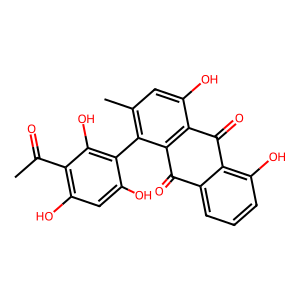
SMILES: CC(=O)c1c(O)cc(O)c(-c2c(C)cc(O)c3c2C(=O)c2cccc(O)c2C3=O)c1O
Inhibits HIV replication: No